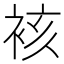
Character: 𮖀